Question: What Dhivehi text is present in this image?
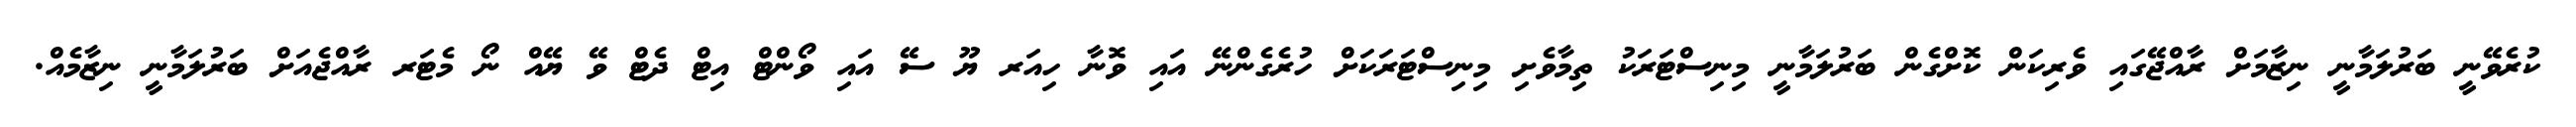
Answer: ކުރެވޭނީ ބަރުލަމާނީ ނިޒާމަށް ރާއްޖޭގައި ވެރިކަން ކޮށްގެން ބަރުލަމާނީ މިނިސްޓަރަކު ތިމާވެށި މިނިސްޓަރަކަށް ހުރެގެންނޭ އައި ވޮނާ ހިއަރ ޔޫ ސޭ އައި ވޯންޓް އިޓް ދެޓް ވޭ ޔޭއް ނޯ މެޓަރ ރާއްޖެއަށް ބަރުލަމާނީ ނިޒާމެއް.